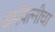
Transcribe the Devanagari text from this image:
धर्मपत्‍नीचा